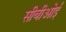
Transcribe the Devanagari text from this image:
सीबीओई